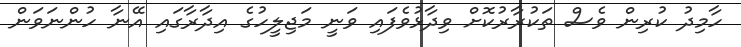
ހާމިދު ކުރިން ވެސް ތަކުރާރުކޮށް ވިދާޅުވެފައި ވަނީ މަޖިލީހުގެ އިދާރާގައި އޭނާ ހުންނަވަން